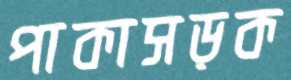
পাকাসড়ক